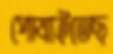
পোষাইতেছ